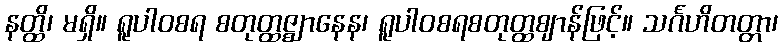
နတ္ထိ၊ မရှိ။ ရူပါဝစရ စတုတ္ထဇ္ဈာနေန၊ ရူပါဝစရစတုတ္ထဈာန်ဖြင့်။ သင်္ဂဟိတတ္တာ၊